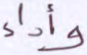
وأداء